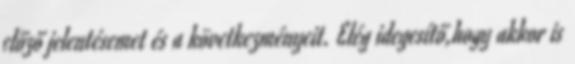
előző jelentésemet és a következményeit. Elég idegesítő,hogy akkor is